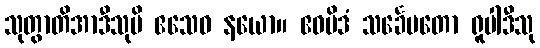
သုတွာတိအာဒီသုပိ ဧသေဝ နယော။ ဧဝမိဒံ သင်္ခေပတော ရူပါဒီသု